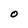
Character: O